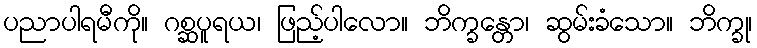
ပညာပါရမီကို။ ဂစ္ဆပူရယ၊ ဖြည့်ပါလော။ ဘိက္ခန္တော၊ ဆွမ်းခံသော။ ဘိက္ခု၊